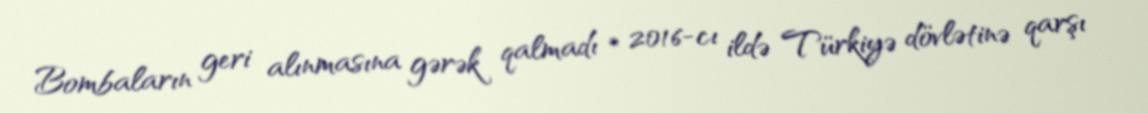
Bombaların geri alınmasına gərək qalmadı * 2016-cı ildə Türkiyə dövlətinə qarşı